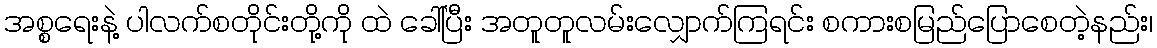
အစ္စရေးနဲ့ ပါလက်စတိုင်းတို့ကို ထဲ ခေါ်ပြီး အတူတူလမ်းလျှောက်ကြရင်း စကားစမြည်ပြောစေတဲ့နည်း၊